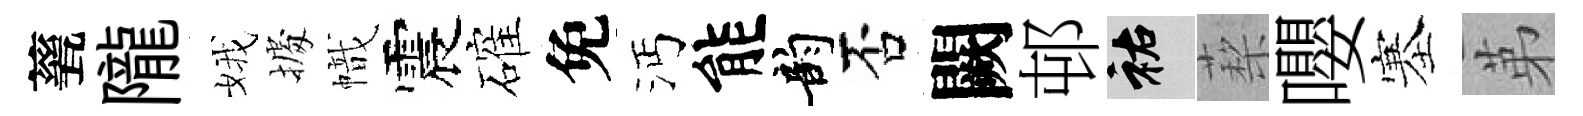
甆隴娥𢴃幟震確免沔能韵否闕邨祐蔾嚶塞苐